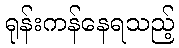
ရုန်းကန်နေရသည့်